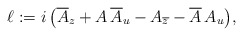
\begin{align*} \ell := i\,\big( \overline{A}_z + A\,\overline{A}_u -A_{\overline{z}} - \overline{A}\,A_u \big),\end{align*}